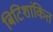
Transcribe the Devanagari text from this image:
बिटिशांकित